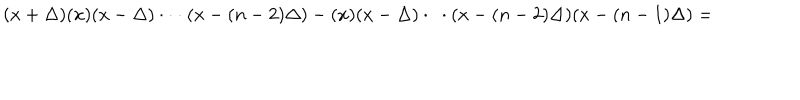
( x + \Delta ) ( x ) ( x - \Delta ) \cdot \cdot \cdot ( x - ( n - 2 ) \Delta ) - ( x ) ( x - \Delta ) \cdot \cdot \cdot ( x - ( n - 2 ) \Delta ) ( x - ( n - 1 ) \Delta ) =